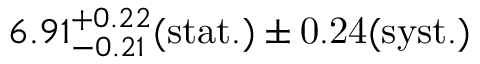
6 . 9 1 _ { - 0 . 2 1 } ^ { + 0 . 2 2 } ( \mathrm { s t a t . ) \pm 0 . 2 4 ( \mathrm { s y s t . ) } }